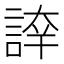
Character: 𧨫